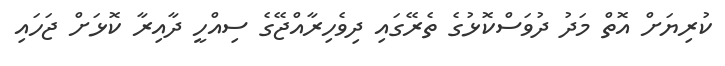
ކުރިޔަށް އޮތް މަދު ދުވަސްކޮޅުގެ ތެރޭގައި ދިވެހިރާއްޖޭގެ ސިއްހީ ދާއިރާ ކޮޅަށް ޖަހައި